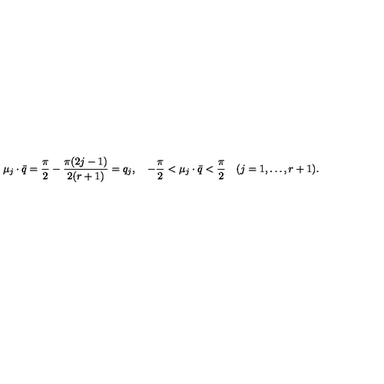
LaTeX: \mu _ { j } \cdot \bar { q } = { \frac { \pi } { 2 } } - { \frac { \pi ( 2 j - 1 ) } { 2 ( r + 1 ) } } = q _ { j } , \quad - { \frac { \pi } { 2 } } < \mu _ { j } \cdot \bar { q } < { \frac { \pi } { 2 } } \quad ( j = 1 , \ldots , r + 1 ) .